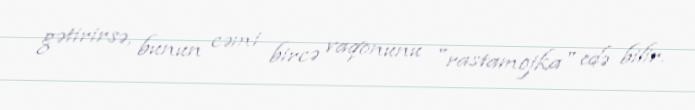
gətirirsə, bunun cəmi bircə vaqonunu "rastamojka" edə bilir.